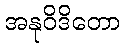
အနုဝိဒိတော